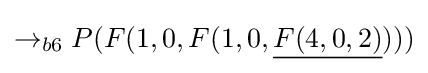
\rightarrow _{b6}P(F(1,0,F(1,0,{\underline {F(4,0,2)}})))